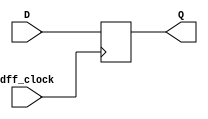
`timescale 1ns / 1ps
//////////////////////////////////////////////////////////////////////////////////
// Company: 
// Engineer: 
// 
// Design Name: 
// Module Name: dff_module
// Project Name: 
// Target Devices: 
// Tool Versions: 
// Description: 
// 
// Dependencies: 
// 
// Revision:
// Revision 0.01 - File Created
// Additional Comments:
// 
//////////////////////////////////////////////////////////////////////////////////


module dff_module( input dff_clock, input D,output reg Q =0);
    
    always @ (posedge dff_clock)
    begin
        Q <= D;   //output is equal to the input, and Q declared as reg to be usedin always block
     end   
endmodule